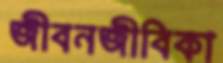
জীবনজীবিকা